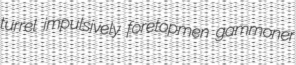
turrel impulsively foretopmen gammoner